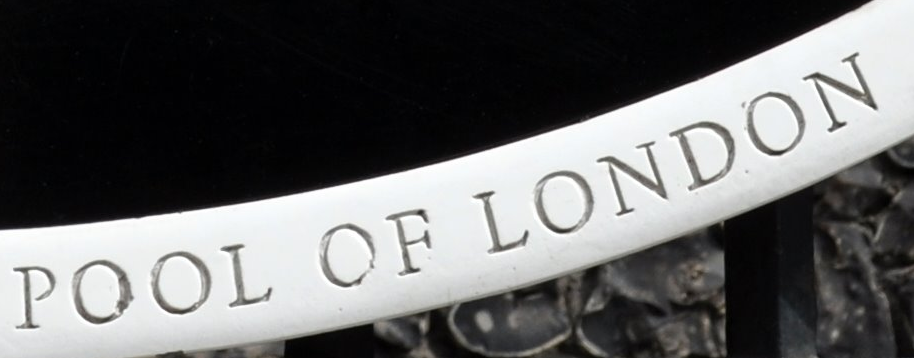
POOL OF LONDON